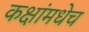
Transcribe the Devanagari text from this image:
कक्षांमधेच